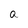
Character: a